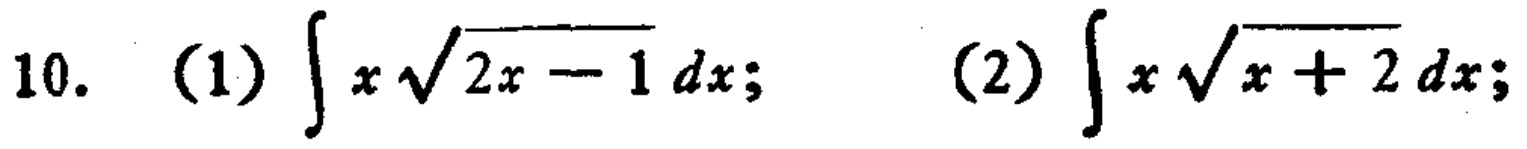
10. (1) \(\int x\sqrt{2x - 1}dx\); (2) \(\int x\sqrt{x + 2}dx\);